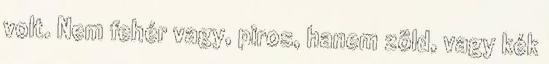
volt. Nem fehér vagy, piros, hanem zöld, vagy kék